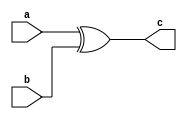
`timescale 1ns/1ps
module op_xor_32b(a, b, c);
    parameter size = 32;
    // Specifying the ports
    input [size-1:0] a;
    input [size-1:0] b;
    output [size-1:0] c;
    assign c = a ^ b;
endmodule